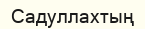
Садуллахтың